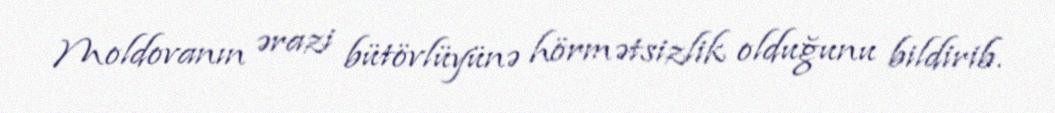
Moldovanın ərazi bütövlüyünə hörmətsizlik olduğunu bildirib.